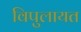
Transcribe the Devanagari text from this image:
विपुलायत